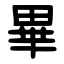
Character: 畢